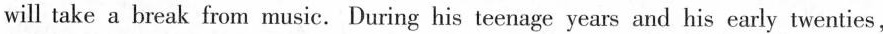
will take a break from music.During his teenage years and his early twenties.